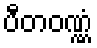
ပီတဝဏ္ဏံ